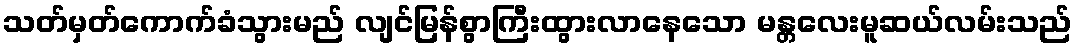
သတ်မှတ်ကောက်ခံသွားမည် လျင်မြန်စွာကြီးထွားလာနေသော မန္တလေးမူဆယ်လမ်းသည်